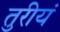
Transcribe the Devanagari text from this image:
तुरीयं